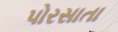
પોરસાતા